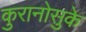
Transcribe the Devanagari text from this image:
कुरानोसुके